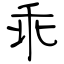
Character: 乖